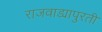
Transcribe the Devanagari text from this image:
राजवाड्यापुरती